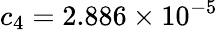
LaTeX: c_{4}=2.886\times 10^{-5}